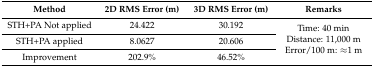
<table><thead><tr><td><b>Method</b></td><td><b>2D RMS Error (m)</b></td><td><b>3D RMS Error (m)</b></td><td><b>Remarks</b></td></tr></thead><tbody><tr><td>STH+PA Not applied</td><td>24.422</td><td>30.192</td><td rowspan="3">Time: 40 min Distance: 11,000 m Error/100 m: ≈1 m</td></tr><tr><td>STH+PA applied</td><td>8.0627</td><td>20.606</td></tr><tr><td>Improvement</td><td>202.9%</td><td>46.52%</td></tr></tbody></table>